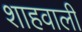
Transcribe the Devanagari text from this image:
शाहवाली